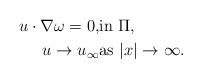
LaTeX: \begin{align*}u\cdot \nabla \omega =0, &\mathrm{in} \, \, \Pi ,\\u\rightarrow u_{\infty} &\mathrm{as} \, \, |x|\rightarrow \infty .\end{align*}